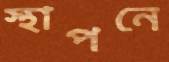
স্থাপনে